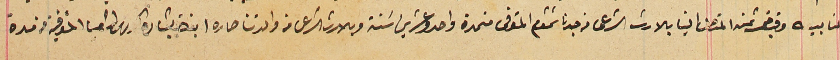
لنا بيـ ـه وقبض ثمنه المتصل الينا بالارث الشرعى من جدنا شمشوم المتوفى من مدة واحد وعشرين سَنة وبالارث الشرعى من والدتنا صاره ابنة بشارة الخورى اشعيا المتوفية من مدة